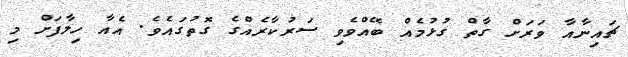
ޗައިނާއާ ވަރަށް ގާތް ގުޅުމެއް ބޭއްވެވި ސަރުކާރެއްގެ ގޮތުގައެވެ. އެއާ ހިލާފަށް މި